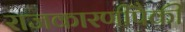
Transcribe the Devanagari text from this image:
राजकारणींपैकी